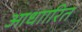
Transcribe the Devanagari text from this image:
आधाारित